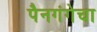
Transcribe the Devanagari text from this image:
पैनगंगेचा